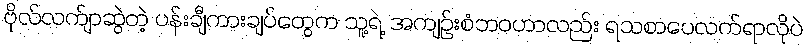
ဗိုလ်လက်ျာဆွဲတဲ့ ပန်းချီကားချပ်တွေက သူ့ရဲ့ အကျဉ်းစံဘဝဟာလည်း ရသစာပေလက်ရာလိုပဲ